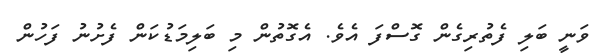
ވަނީ ބަލި ފެތުރިގެން ގޮސްފަ އެވެ. އެގޮތުން މި ބަލިމަޑުކަން ފެށުނު ފަހުން